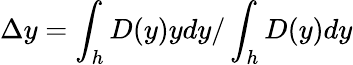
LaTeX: \Delta y=\int_{h}D(y)ydy/\int_{h}D(y)dy